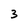
Character: 3